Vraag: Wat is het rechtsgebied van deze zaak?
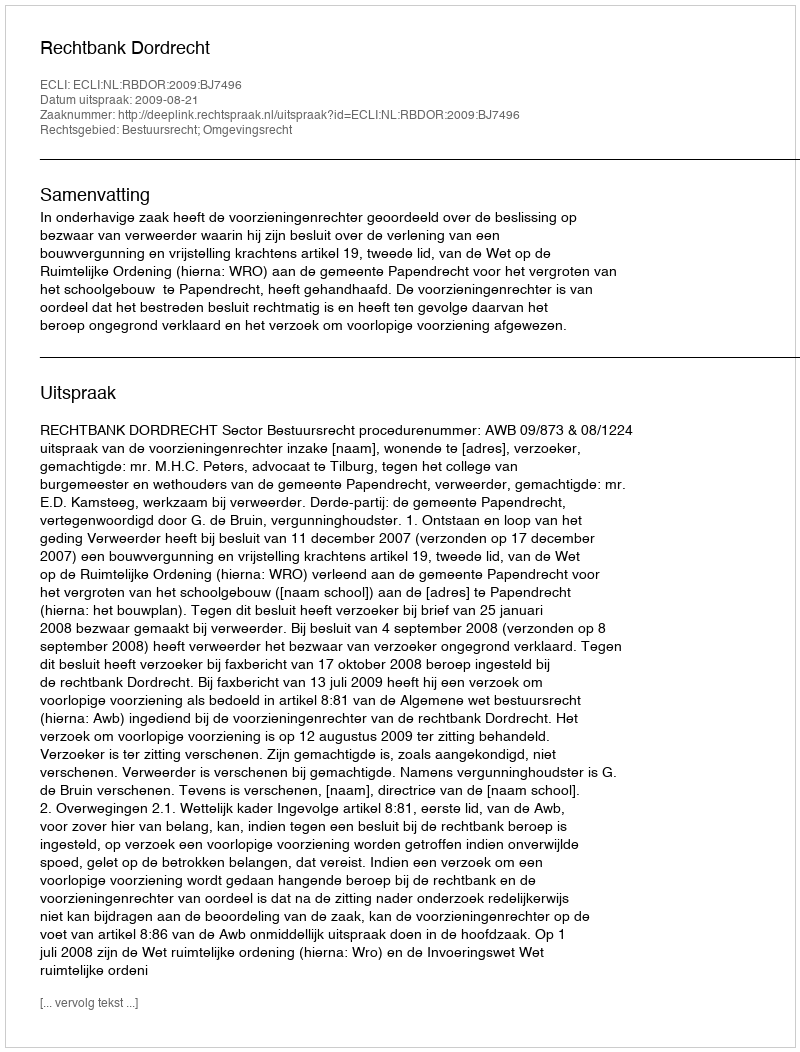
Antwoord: Bestuursrecht; Omgevingsrecht